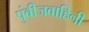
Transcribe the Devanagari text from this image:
पुंबीजवाहिनी